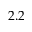
2 . 2